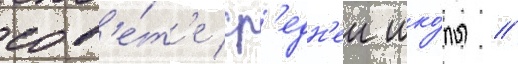
сов'е́т'е ср'едн'еи шко́лы //